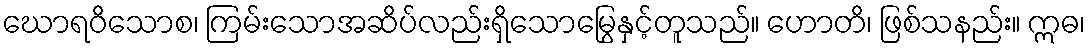
ဃောရဝိသောစ၊ ကြမ်းသောအဆိပ်လည်းရှိသောမြွေနှင့်တူသည်။ ဟောတိ၊ ဖြစ်သနည်း။ ဣဓ၊